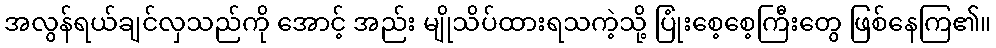
အလွန်ရယ်ချင်လှသည်ကို အောင့် အည်း မျိုသိပ်ထားရသကဲ့သို့ ပြုံးစေ့စေ့ကြီးတွေ ဖြစ်နေကြ၏။